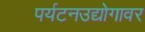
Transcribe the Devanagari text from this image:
पर्यटनउद्योगावर